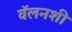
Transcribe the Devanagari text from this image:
वॅलनशी